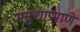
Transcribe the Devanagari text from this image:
मसुद्याप्रमाणे